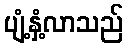
ပျံ့နှံ့လာသည်